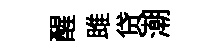
醒雎贷潮